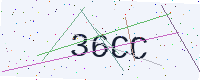
Text: 36CC